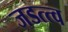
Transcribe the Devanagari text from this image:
जडत्त्व